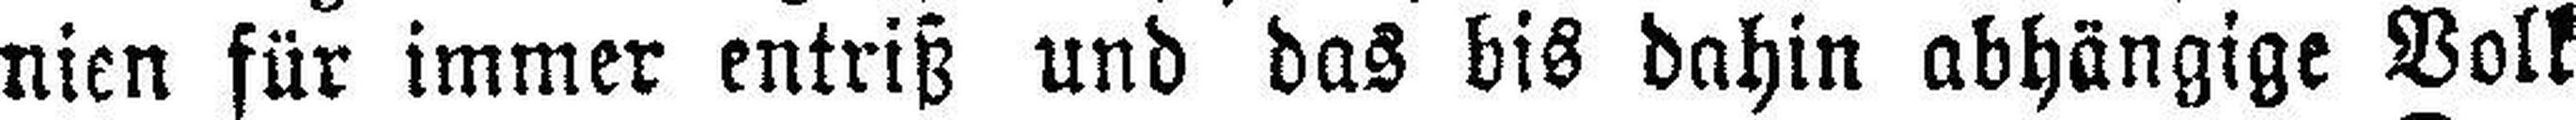
nien für immer entriß und das bis dahin abhängige Volk